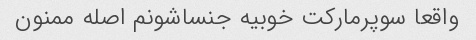
واقعا سوپرمارکت خوبیه جنساشونم اصله ممنون